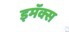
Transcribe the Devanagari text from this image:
इमॅक्स